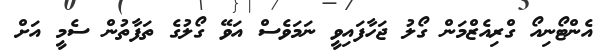
އެންޓޯނިއޯ ގްރިއެޒްމަން ގޯލު ޖަހާފައިވީ ނަމަވެސް އަވޭ ގޯލުގެ ތަފާތުން ސެމީ އަށް